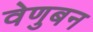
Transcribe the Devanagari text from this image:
वेणुबन